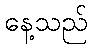
နေ့သည်